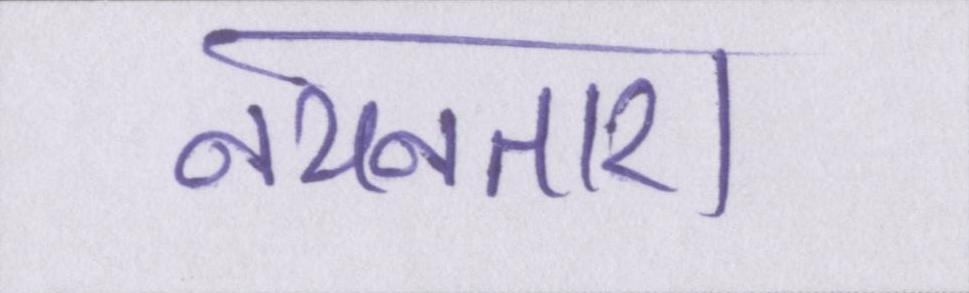
नयनतारा